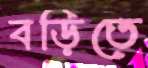
বড়িতে